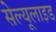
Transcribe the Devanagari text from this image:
सेल्यूलाइड